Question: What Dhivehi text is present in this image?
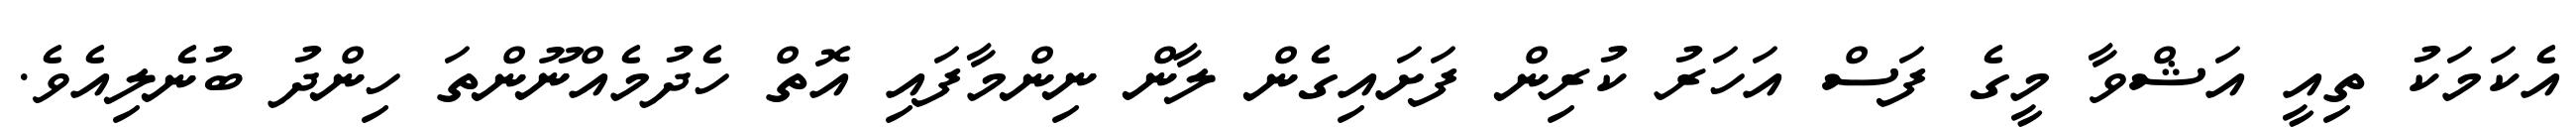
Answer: އެކަމަކު ތިއީ އަޝްވާ މީގެ ފަސް އަހަރު ކުރިން ފަށައިގެން ލާން ނިންމާފައި އޮތް ހެދުމެއްނޫންތަ ހިންދު ބުނެލިއެވެ.